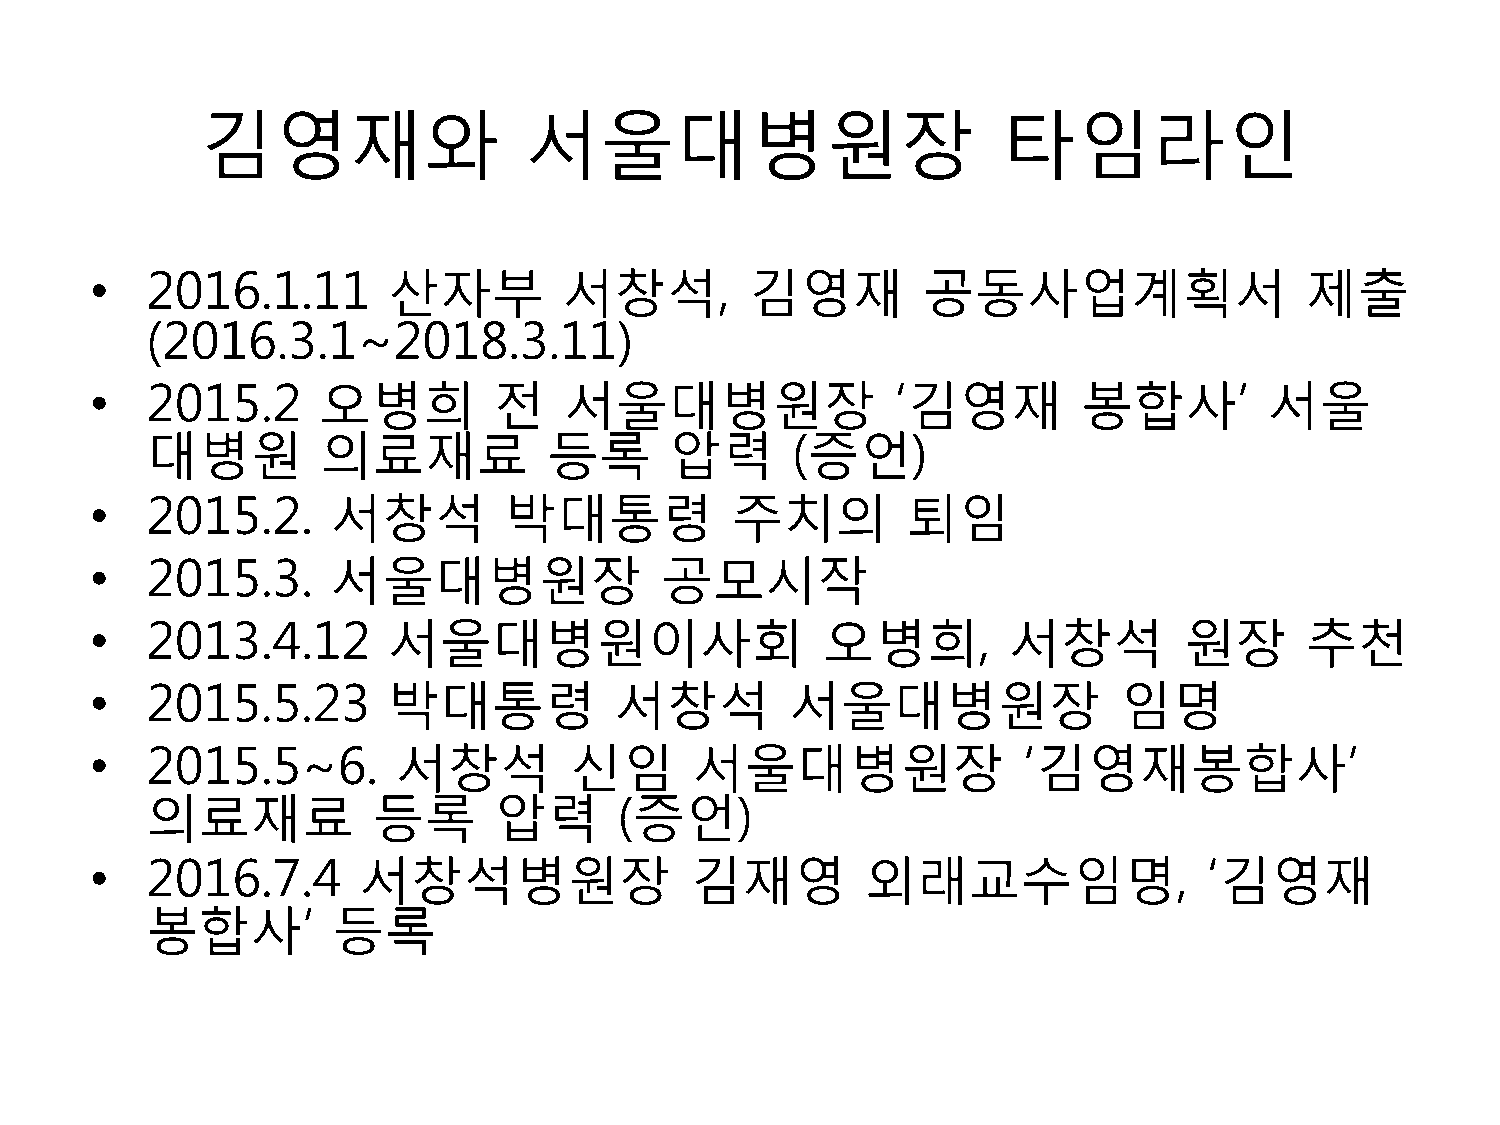
김영재와                  서울대병원장                         타임라인
 •   2016.1.11       산자부        서창석,         김영재        공동사업계획서                  제출
 (2016.3.1~2018.3.11)
 •   2015.2     오병희         전   서울대병원장                ‘김영재         봉합사’        서울
 대병원        의료재료           등록      압력      (증언)
 •   2015.2.     서창석        박대통령           주치의         퇴임
 •   2015.3.     서울대병원장                공모시작
 •   2013.4.12       서울대병원이사회                    오병희,         서창석        원장      추천
 •   2015.5.23       박대통령           서창석        서울대병원장                임명
 •   2015.5~6.       서창석         신임      서울대병원장                ‘김영재봉합사’
 의료재료           등록      압력      (증언)
 •   2016.7.4      서창석병원장                김재영        외래교수임명,                ‘김영재
 봉합사’        등록